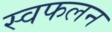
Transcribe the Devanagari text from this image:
स्वफलन